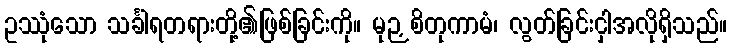
ဥဿုံသော သင်္ခါရတရားတို့၏ဖြစ်ခြင်းကို။ မုဉှစိတုကာမံ၊ လွတ်ခြင်းငှါအလိုရှိသည်။